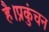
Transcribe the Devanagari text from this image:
है।प्रकुंचन